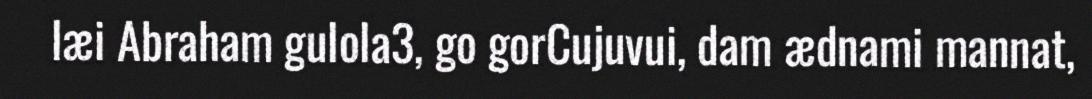
læi Abraham gulola3, go gorCujuvui, dam ædnami mannat,